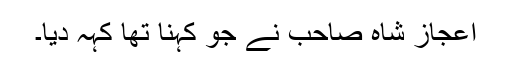
اعجاز شاہ صاحب نے جو کہنا تھا کہہ دیا۔